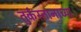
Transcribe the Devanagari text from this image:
तुर्कस्तानाच्या